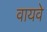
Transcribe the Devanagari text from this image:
वायवे